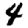
Digit: 4